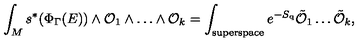
\int _ { M } s ^ { * } ( \Phi _ { \Gamma } ( E ) ) \wedge { \cal O } _ { 1 } \wedge \dots \wedge { \cal O } _ { k } = \int _ { \mathrm { s u p e r s p a c e } } e ^ { - S _ { \mathrm { q } } } \tilde { { \cal O } } _ { 1 } \dots \tilde { { \cal O } } _ { k } ,